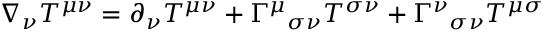
\nabla _ { \nu } T ^ { \mu \nu } = \partial _ { \nu } T ^ { \mu \nu } + \Gamma ^ { \mu } { } _ { \sigma \nu } T ^ { \sigma \nu } + \Gamma ^ { \nu } { } _ { \sigma \nu } T ^ { \mu \sigma }